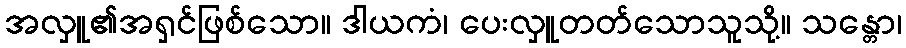
အလှူ၏အရှင်ဖြစ်သော။ ဒါယကံ၊ ပေးလှူတတ်သောသူသို့။ သန္တော၊